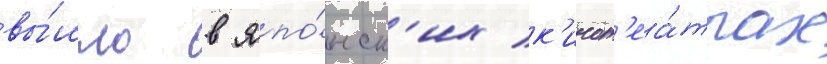
вы́шло в япо́нск'их к'инот'еа́трах